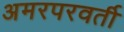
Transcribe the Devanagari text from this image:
अमरपरवर्ती